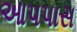
આપપાસ